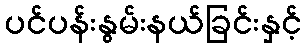
ပင်ပန်းနွမ်းနယ်ခြင်းနှင့်